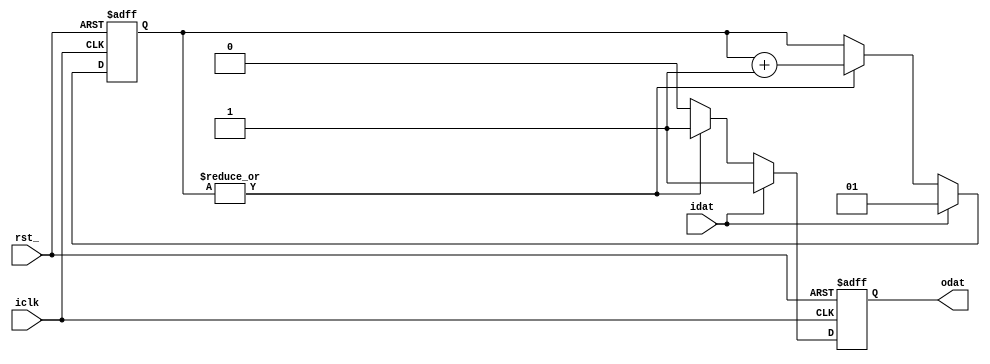
// Description  : .
////////////////////////////////////////////////////////////////////////////////

module ipsmacge_syncstress
    (
     rst_,
     iclk,
     idat,
     odat
     );
////////////////////////////////////////////////////////////////////////////////
// Parameter declarations
parameter NUM_DW  = 2;

////////////////////////////////////////////////////////////////////////////////
// input declarations
input     rst_;
input     iclk;
input     idat;
output    odat;

////////////////////////////////////////////////////////////////////////////////
// signal declarations0
reg [NUM_DW-1:0] cnt_nstress;
reg              edat;
////////////////////////////////////////////////////////////////////////////////
// Local logic and instantiation

always @(posedge iclk or negedge rst_)
    begin
    if (!rst_)              cnt_nstress <= {NUM_DW{1'b0}};
    else if (idat)          cnt_nstress <= {NUM_DW{1'b0}} + 1'b1;
    else if (|cnt_nstress)  cnt_nstress <= cnt_nstress + 1'b1;
    end

always @(posedge iclk or negedge rst_)
    begin
    if (!rst_)              edat <= 1'b0;
    else if (idat)          edat <= 1'b1;
    else if (|cnt_nstress)  edat <= 1'b1;
    else                    edat <= 1'b0;
    end
assign odat = edat;

endmodule